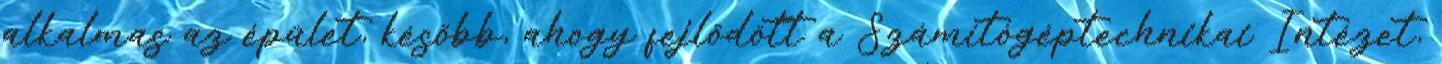
alkalmas az épület, késõbb, ahogy fejlõdött a Számítógéptechnikai Intézet,